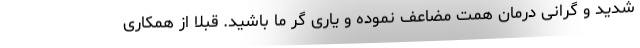
شدید و گرانی درمان همت مضاعف نموده و یاری گر ما باشید. قبلا از همکاری